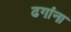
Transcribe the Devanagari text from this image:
ढगांना